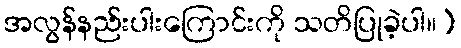
အလွန်နည်းပါးကြောင်းကို သတိပြုခဲ့ပါ။)